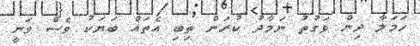
ހަމަލާ ދިން ވަގުތު ނަމާދު ކުރަން ތިބި އެތައް ބަޔަކު ވެސް ވަނީ